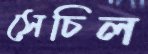
সেচিল